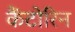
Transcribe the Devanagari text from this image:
कैंटोरिन